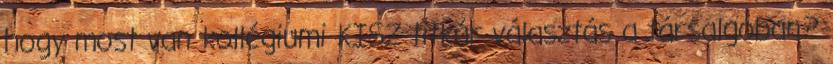
hogy most van kollégiumi KISZ titkár választás a társalgóban?